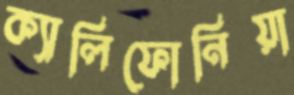
ক্যালিফোনিয়া